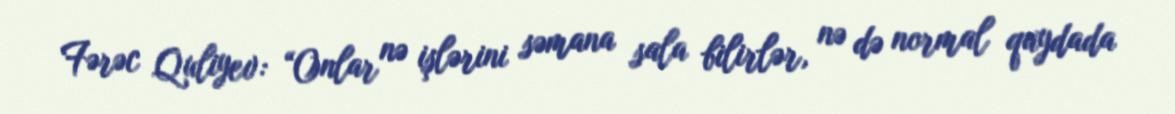
Fərəc Quliyev: “Onlar nə işlərini səmana sala bilirlər, nə də normal qaydada